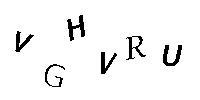
VGHVRU